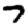
Digit: 7